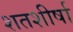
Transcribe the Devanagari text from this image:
शतशीर्षा